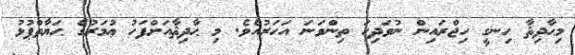
މިޙާދިޘާ ހިނގީ ހިޖްރައިން ނުވަދިހަ ތިންވަނަ އަހަރުއެވެ. މި ޙާދިޘާއަށްފަހު ޢުމަރުގެ ޙަޔާތްޕުޅު